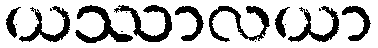
ယဿာလယာ